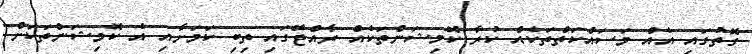
ގޮތުގައި އެއް މަސައްކަތްތަކެއް ކުރާ ކޮމިޝަންތަކެއް ރާއްޖޭގައި ތިބި ކަމަށާއި އެ ކޮމިޝަންތަކަށް